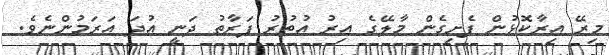
މިރޭ އިރާކޮޅުން ފެށިގެން މާލޭގެ އިރު އުތުރު ފަރާތު ދަނީ އުދަ އަރަމުންނެވެ.